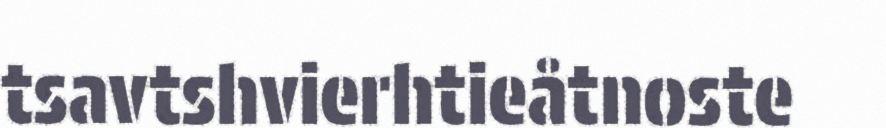
tsavtshvierhtieåtnoste